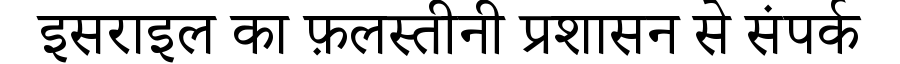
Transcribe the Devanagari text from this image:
इसराइल का फ़लस्तीनी प्रशासन से संपर्क